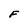
Character: F